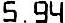
5.94